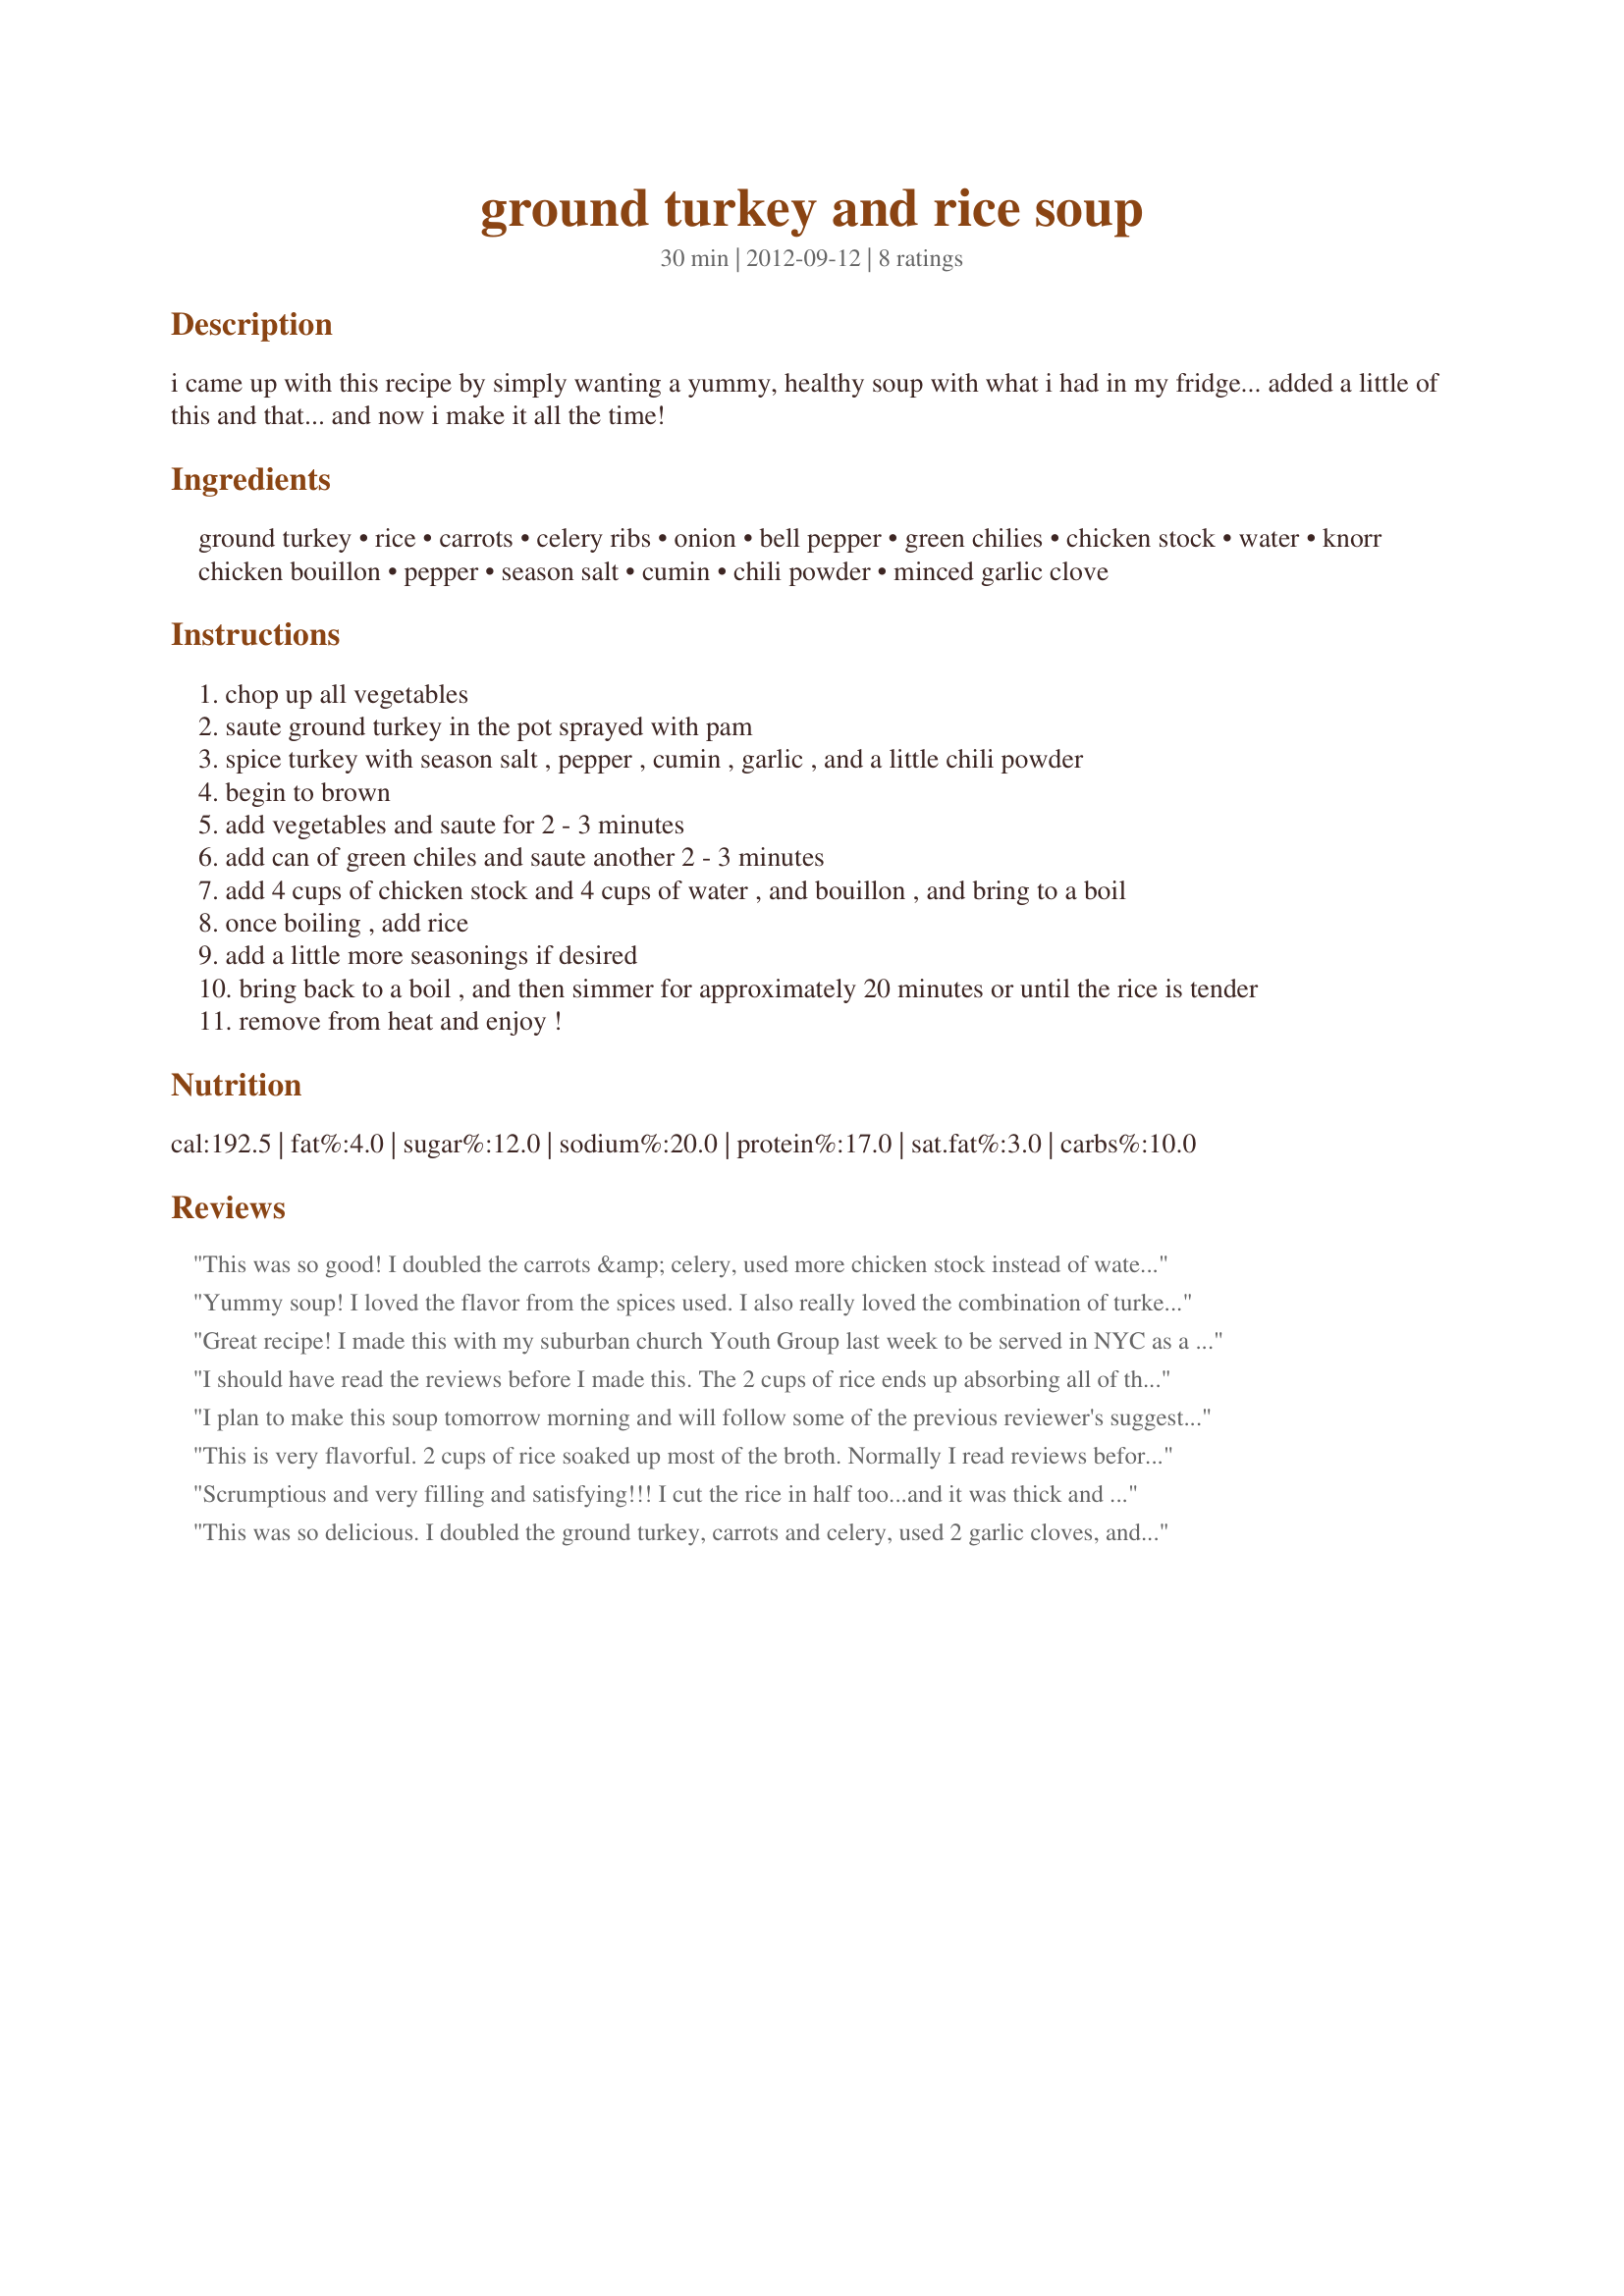
ground turkey and rice soup
Preparation time: 30 minutes

i came up with this recipe by simply wanting a yummy, healthy soup with what i had in my fridge... added a little of this and that... and now i make it all the time!

Ingredients:
ground turkey, rice, carrots, celery ribs, onion, bell pepper, green chilies, chicken stock, water, knorr chicken bouillon, pepper, season salt, cumin, chili powder, minced garlic clove

Steps:
chop up all vegetables
saute ground turkey in the pot sprayed with pam
spice turkey with season salt , pepper , cumin , garlic , and a little chili powder
begin to brown
add vegetables and saute for 2 - 3 minutes
add can of green chiles and saute another 2 - 3 minutes
add 4 cups of chicken stock and 4 cups of water , and bouillon , and bring to a boil
once boiling , add rice
add a little more seasonings if desired
bring back to a boil , and then simmer for approximately 20 minutes or until the rice is tender
remove from heat and enjoy !

Reviews:
This was so good! I doubled the carrots &amp; celery, used more chicken stock instead of water, and also only used 1 cup of rice like other reviewers. Next time I might add some cabbage too. This soup really hit the spot! Will definitely be making this again:)
Yummy soup! I loved the flavor from the spices used. I also really loved the combination of turkey, veggies and rice. I did end up adding another 4 cups of water to the finished soup because the rice seemed to soak up most of the liquid while simmering. I also ended up using more chicken bouillion because of the extra water. Next time, I might try to use only 1 C of rice. Thank you for a yummy soup recipe!
Great recipe! I made this with my suburban church Youth Group last week to be served in NYC as a part of a program for feeding the folks who are living on the street. We quadrupled the measurements for everything and then we doubled the amount of turkey on top of that in order to have a large quantity and make sure it was super hearty for the folks that need the nutrition. All together, we made about 4 1/2 gallons of soup. It was a great recipe for these young chefs to follow and easy for me to divide up the prep jobs so that everyone had a job to do. We sampled the final product before we froze it to save for the day that it will be taken in to the City and everyone agreed it was &quot;really, really good!&quot;. Thanks for a tasty, healthy recipe! We will save it to make again.
I should have read the reviews before I made this. The 2 cups of rice ends up absorbing all of the liquid. Next time I’ll add only a cup of rice. Other than that it was good. The taste was great. I doubled the turkey as well. 1/2 a pound of the turkey would have been way too little.
I plan to make this soup tomorrow morning and will follow some of the previous reviewer's suggestions. I must say though, 12 servings and you only used 2 carrots and two celery ribs? I would think it would be more nutritious with 4-6 carrots and and an equal amount of celery. I like to use as many vegetables as possible so our soup is a healthy, nutritious, high fibre option. I will add stars to my comments tomorrow! Okay, its made, and it is delicious! It definitely will go into regular rotation as one of our favourite soups, since I make soup for the week every Monday morning. This has a nice light broth that suits summer weather better than a chowder. Doubled the ground turkey, 5 large carrots and 1 cup brown rice (uncooked). Thanks again!
This is very flavorful. 2 cups of rice soaked up most of the broth. Normally I read reviews before I make something but I didn't this time. It also was a bit too salty so next time I'd used lower sodium broth and maybe half the salt. I used a pound of ground turkey instead of 1/2 because what would I do with it if not in the soup ;) My granddaughter is a very picky eater and she loved this!
Scrumptious and very filling and satisfying!!! I cut the rice in half too...and it was thick and rich!!!
This was so delicious. I doubled the ground turkey, carrots and celery, used 2 garlic cloves, and cut the rice in half - kept everything else the same. Hubby loved it too! Add some Sriracha to your bowl if you like spicy!
